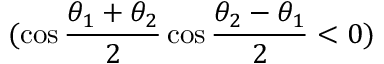
( \cos \frac { \theta _ { 1 } + \theta _ { 2 } } { 2 } \cos \frac { \theta _ { 2 } - \theta _ { 1 } } { 2 } < 0 )